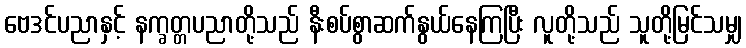
ဗေဒင်ပညာနှင့် နက္ခတ္တပညာတို့သည် နီးစပ်စွာဆက်နွယ်နေကြပြီး လူတို့သည် သူတို့မြင်သမျှ